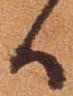
候